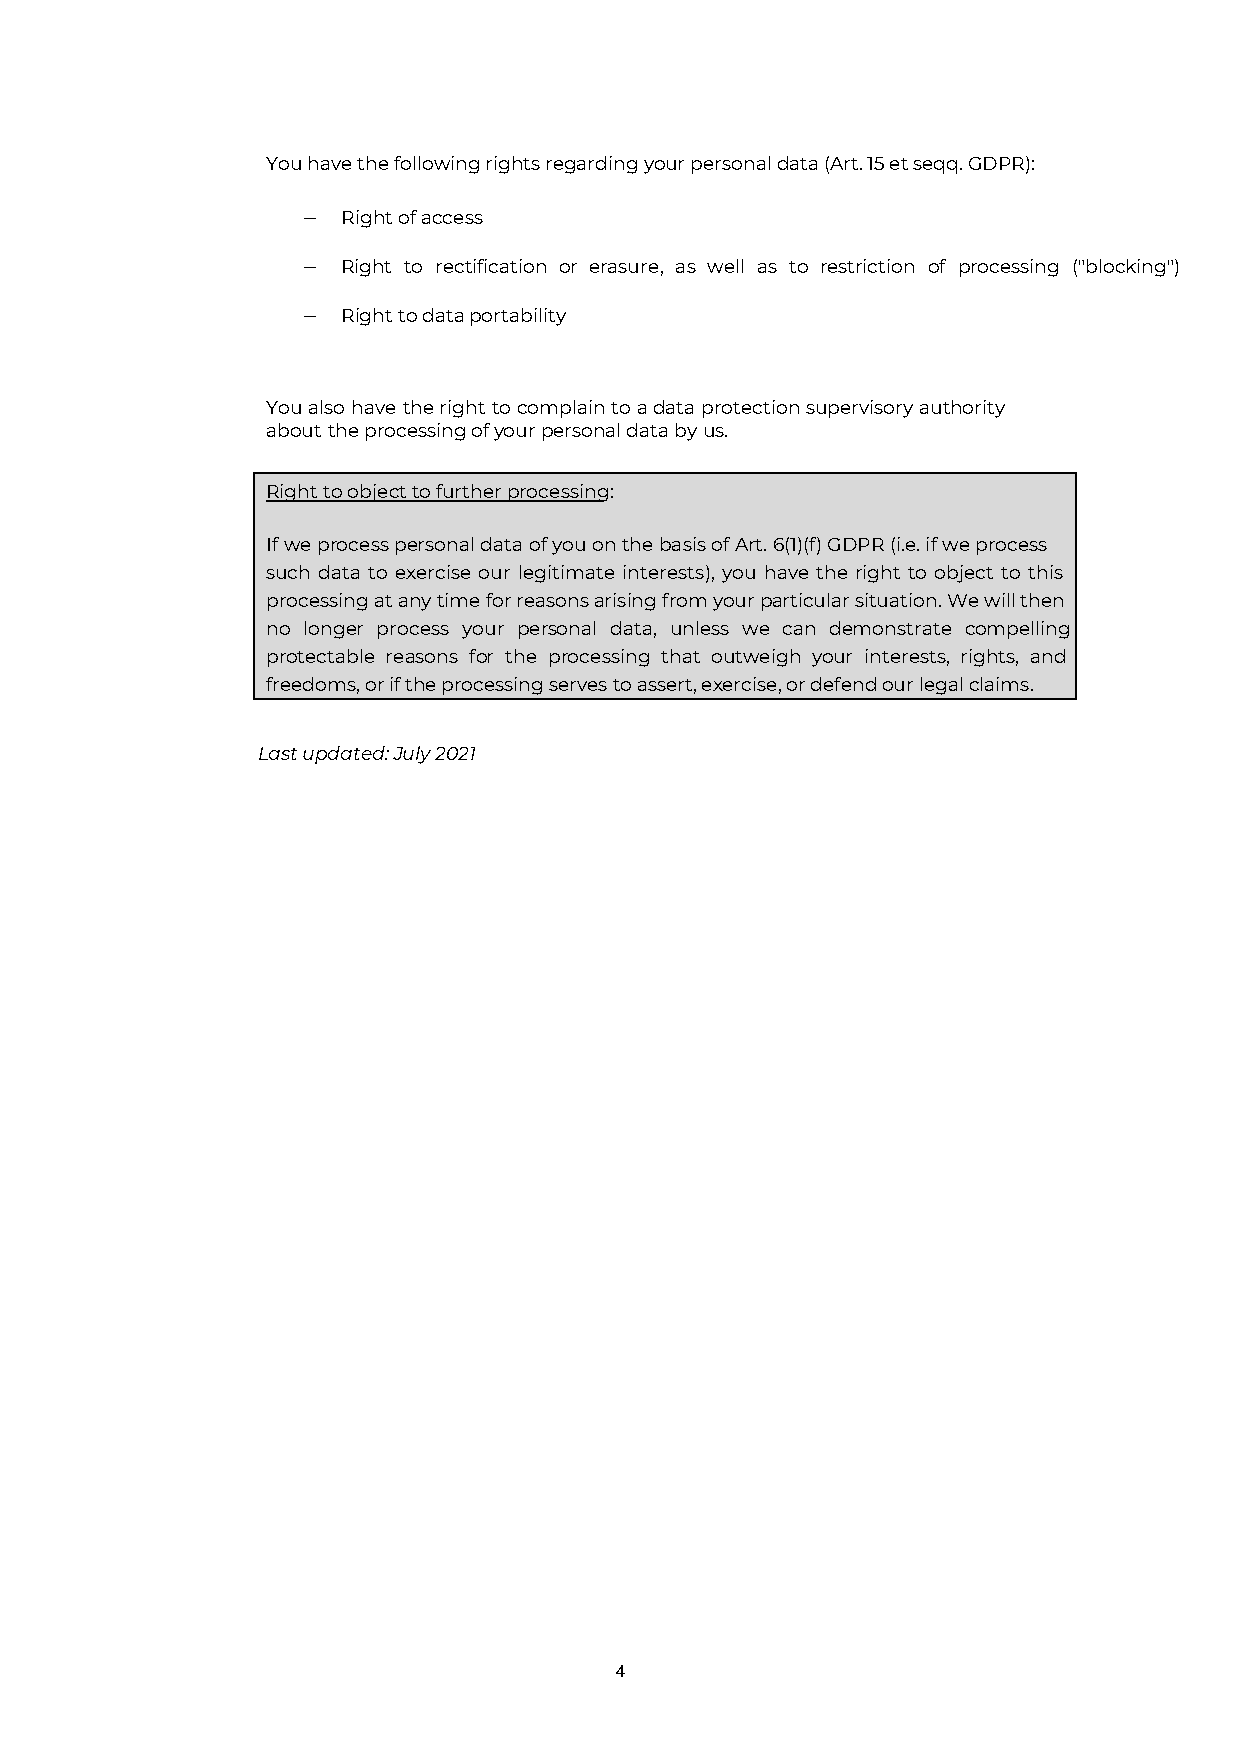
You have the following rights regarding your personal data (Art. 15 et seqq. GDPR):
 −  Right of access
 −  Right to rectification or erasure, as well as to restriction of processing ("blocking")
 −  Right to data portability
 You also have the right to complain to a data protection supervisory authority
 about the processing of your personal data by us.
 Right to object to further processing:
 If we process personal data of you on the basis of Art. 6(1)(f) GDPR (i.e. if we process
 such data to exercise our legitimate interests), you have the right to object to this
 processing at any time for reasons arising from your particular situation. We will then
 no longer process your personal data, unless we can demonstrate compelling
 protectable reasons for the processing that outweigh your interests, rights, and
 freedoms, or if the processing serves to assert, exercise, or defend our legal claims.
 Last updated: July 2021
 4